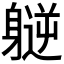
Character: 𫏮